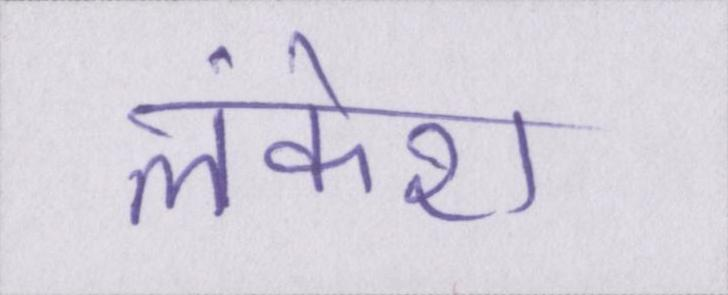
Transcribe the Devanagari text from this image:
लंकेश